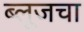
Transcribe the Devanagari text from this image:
ब्लूजचा